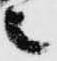
之